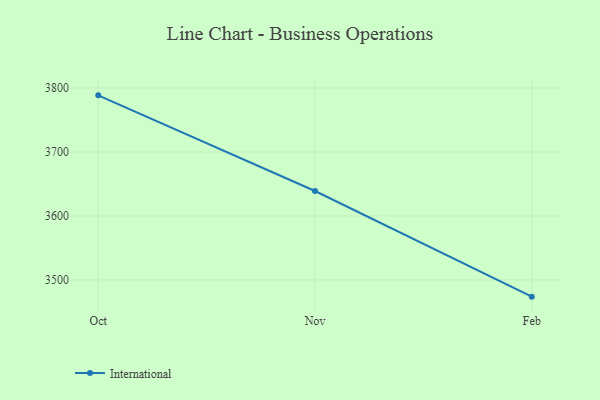
{"axis": {"x": "Month", "y": "Website Visitors"}, "legend": ["International"], "data": [{"x": "Oct", "y": 3788.6, "type": "International"}, {"x": "Nov", "y": 3639.1, "type": "International"}, {"x": "Feb", "y": 3473.9, "type": "International"}]}